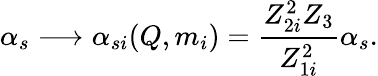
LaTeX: \alpha_{s}\longrightarrow\alpha_{si}(Q,m_{i})=\frac{Z_{2i}^{2}Z_{3}}{Z_{1i}^{2}}\alpha_{s}.